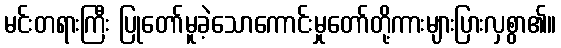
မင်းတရားကြီး ပြုတော်မူခဲ့သောကောင်းမှုတော်တို့ကားများပြားလှစွာ၏။